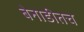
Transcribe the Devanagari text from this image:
बेनाडीतच